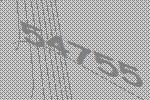
54755